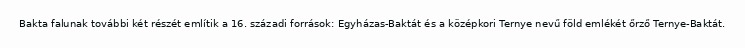
Bakta falunak további két részét említik a 16. századi források: Egyházas-Baktát és a középkori Ternye nevű föld emlékét őrző Ternye-Baktát.